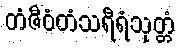
တံဇီဝံတံသရီရံသုတ္တံ